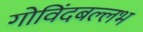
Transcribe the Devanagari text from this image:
गोविंदबल्लभ